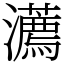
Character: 瀳